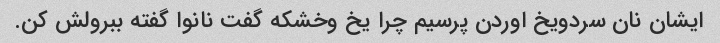
ایشان نان سردویخ اوردن پرسیم چرا یخ وخشکه گفت نانوا گفته ببرولش کن.